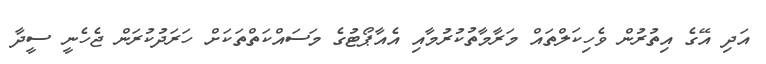
އަދި އޭގެ އިތުރުން ވެހިކަލްތައް މަރާމާތުކުރުމާއި އެއާޕޯޓުގެ މަސައްކަތްތަކަށް ހަރަދުކުރަން ޖެހެނީ ސީދާ